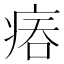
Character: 𤶕